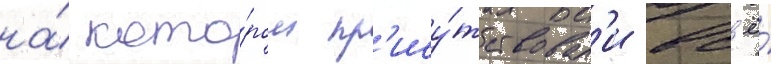
на́ кото́ром пр'ису́тствовал'и вс'ё́